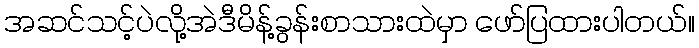
အဆင်သင့်ပဲလို့အဲဒီမိန့်ခွန်းစာသားထဲမှာ ဖော်ပြထားပါတယ်။